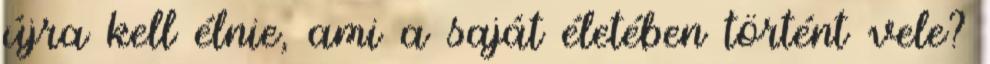
újra kell élnie, ami a saját életében történt vele?